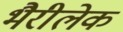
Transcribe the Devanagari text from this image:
भैरीलेक